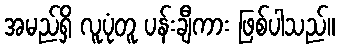
အမည်ရှိ လူပုံတူ ပန်းချီကား ဖြစ်ပါသည်။